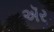
ઍર